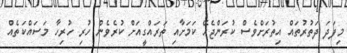
މިފަދަ ދަތުރުތައް އިތުރަށްވެސް ކުރަންޖެހޭ ކަމަށާއި ތަރައްގީއަށް ކުރެވެން ހުރި ހުރިހާ މަސައްކަތެއް